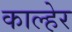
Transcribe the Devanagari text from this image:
काल्हेर